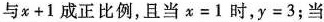
与$$x+1$$成正比例，且当$$x=1$$时，$$y=3$$；当